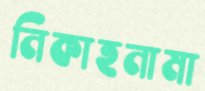
নিকাহনামা